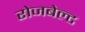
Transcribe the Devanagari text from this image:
रोजबेल्ट